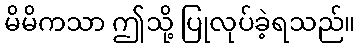
မိမိကသာ ဤသို့ ပြုလုပ်ခဲ့ရသည်။